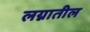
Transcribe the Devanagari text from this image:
लग्नातील